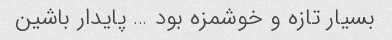
بسیار تازه و خوشمزه بود … پایدار باشین